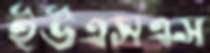
ইউএসএস